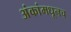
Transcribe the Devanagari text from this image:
अंकांमधूनच